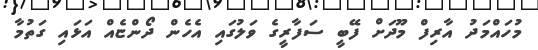
މުހައްމަދު އާރިފް މޫދަށް ފޭބީ ސަފާރީގެ ވަލުގައި އެހެން ދޯންޏެއް އަޅައި ގަތުމާ